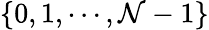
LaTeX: \{ 0,1,\cdots,\mathcal{N}-1\}